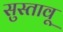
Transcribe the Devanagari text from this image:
सुस्तावू